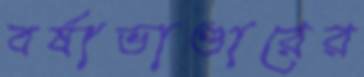
বর্ষাভাণ্ডারের